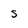
Character: S